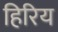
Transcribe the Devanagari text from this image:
हिरिय